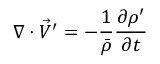
\nabla \cdot \vec { V } ^ { \prime } = - \frac { 1 } { \bar { \rho } } \frac { \partial \rho ^ { \prime } } { \partial t }